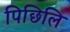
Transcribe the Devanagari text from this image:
पिछिलि